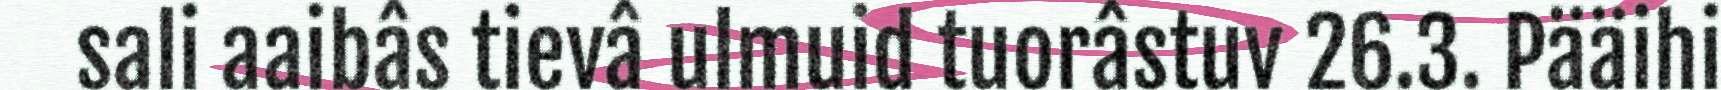
sali aaibâs tievâ ulmuid tuorâstuv 26.3. Pääihi